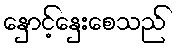
နှောင့်နှေးစေသည်